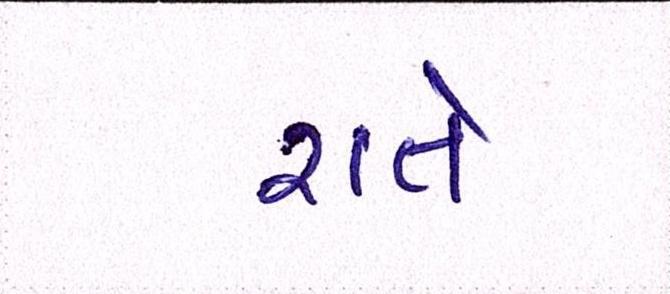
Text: રાતે